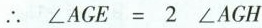
∴ $$∠ A G E = 2 ∠ A G H$$